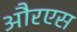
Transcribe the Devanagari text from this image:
औरएस